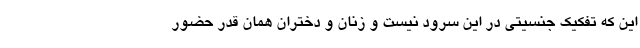
این که تفکیک جنسیتی در این سرود نیست و زنان و دختران همان قدر حضور